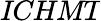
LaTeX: \textit{ICHMT}